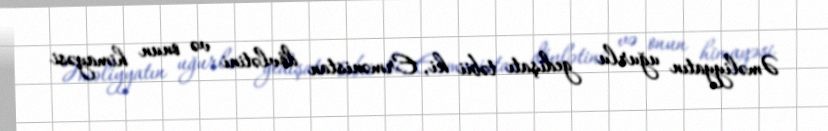
Əməliyyatın uğurlu gedişatı təbii ki, Ermənistan dövlətini və onun himayəsi